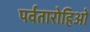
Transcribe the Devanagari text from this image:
पर्वतारोहिओं